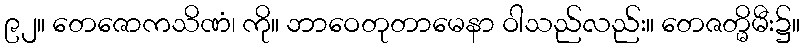
၉၂။ တေဇောကသိဏံ၊ ကို။ ဘာဝေတုတာမေနာ ဝါသည်လည်း။ တေဇတ္မိမီး၌။